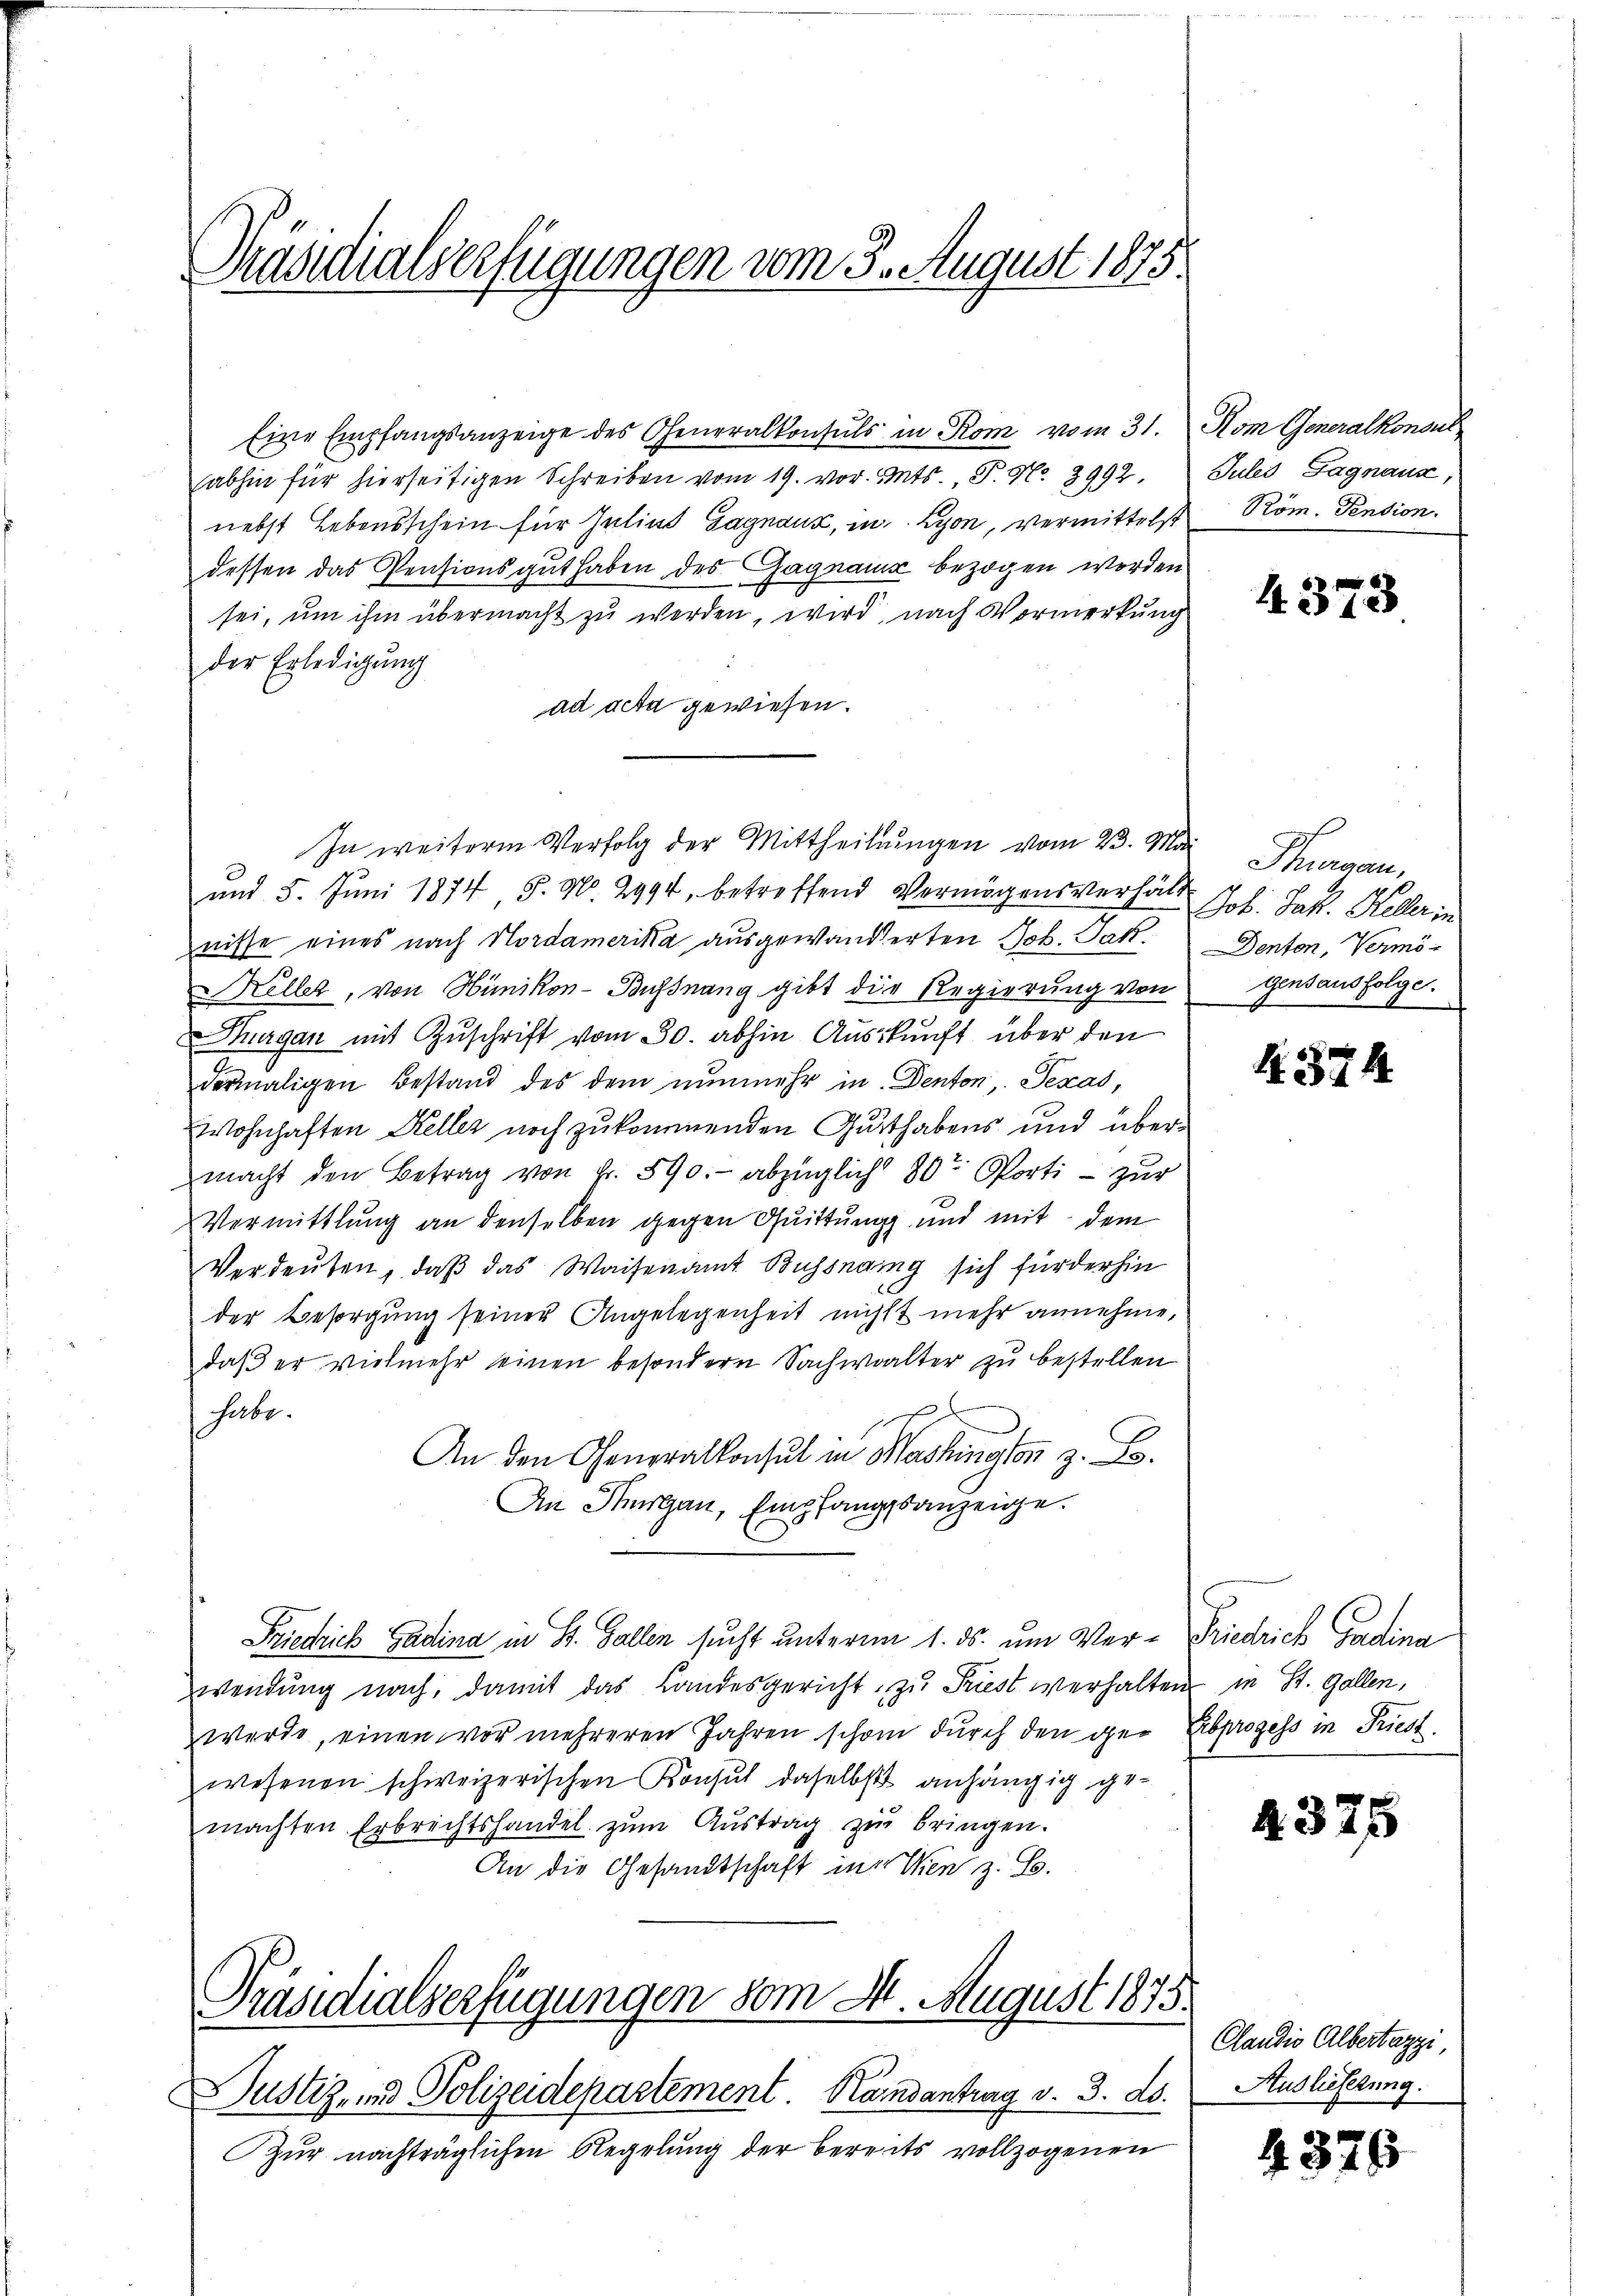
Präsidialverfügungen vom 3. August 1875.

Eine Empfangsanzeige des Generalkonsuls in Rom vom 31. Kom Generalkonsul
abhin für hierseitigen Schreiben vom 19. vor. Mts., P. Nr. 2992. Jules Gagnaux,
nebst Lebensschein für Julius Gagnauz, in Lyon, vermittelst Rom. Pension.
dessen das Pensionsgut haben des Gagnams bezogen worden
sei, um ihm übermacht zu werden, wird, nach Vormerkung
der Erledigŭng
ad acta gewiesen.
In weiterm Verfolg der Mittheilungen vom 23. Mai Thurgau,
und 5. Juni 1874, 8. No. 2994, betreffend Vermögensverhält Joh. Jak. Keller in
nisse eines nach Nordamerika ausgewanderten Joh. Jak. Denten, Vermö¬
Keller, von Hünikon-Bunang gibt die Regierung von
Thurgau mit Zuschrift vom 30. abhin Auskunft über den
dermaligen Bestand des dem nunmehr in Denton, Texas,
Wohnhaften Keller noch zukommenden Gutthabens und übermacht den Betrag von Fr. 590. - abzüglich 20t Porti - zur
Vermittlung an denselben gegen Quittung und mit dem
Verdeuten, daß das Waisenamt Bussnang sich für der hin
der Besorgung seiner Angelegenheit nicht mehr annehme,
daß er vielmehr einen besondern Sachwalter zu bestellen
habe.
An den Generalkonsul in Machington z. B.
An Hungau, Empfangsanzeige.
Friedrich Gadina in St. Gallen sucht unterm 1. ds. um Ver-Friedrich Gadina
wendung nach, damit das Landesgericht zu Triest verhalten in St. Gallen,
werde, einen vor mehreren Jahren schon durch den der Erbprozess in Friest.
wesenen schweizerischen Konsul daselbst anhängig gemachten Erbrechtshandel zum Austrag zu bringen.
An die Gesandtschaft in Wien z. B.

Präsidialverfügungen vom M. August 1875.

Justiz- und Polizeidepartement. Kandantrag v. 3. ds.
Zur nachträglichen Regelung der bereits vollzogenen

Gensausfolge.

4373

4. 574.

4375

Candio Albertazzi
Auslieferung.

4375